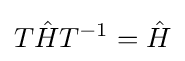
T{\hat {H}}T^{-1}={\hat {H}}